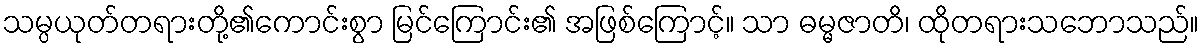
သမ္ပယုတ်တရားတို့၏ကောင်းစွာ မြင်ကြောင်း၏ အဖြစ်ကြောင့်။ သာ ဓမ္မဇာတိ၊ ထိုတရားသဘောသည်။